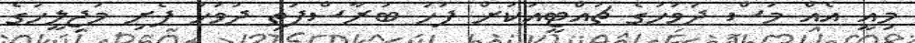
މިއީ އެއް މަސް ދުވަހުގެ ޗުއްޓީއަކަށް ފަހު ބުރާސްފަތި ދުވަހު ފެށި މަޖިލީހުގެ